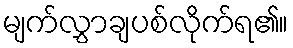
မျက်လွှာချပစ်လိုက်ရ၏။